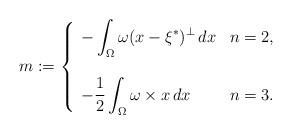
LaTeX: \begin{align*} m := \left\{\begin{array}{ll} - \displaystyle \int_\Omega \omega (x - \xi^*)^{\perp} \, dx & n = 2, \\ \\ - \displaystyle \frac 12 \int_\Omega \omega \times x \, dx & n = 3. \end{array}\right.\end{align*}